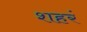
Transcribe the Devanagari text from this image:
शहरं